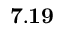
\mathbf { 7 . 1 9 }